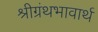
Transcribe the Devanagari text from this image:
श्रीग्रंथभावार्थ